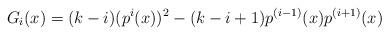
LaTeX: \begin{align*}G_{i}(x)=(k-i)(p^{i}(x))^2-(k-i+1)p^{(i-1)}(x)p^{(i+1)}(x)\end{align*}